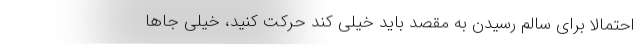
احتمالا برای سالم رسیدن به مقصد باید خیلی کند حرکت کنید، خیلی جاها